Lunatic asylums Punjab 1868-1880 - 1868-1880
Year: 1868
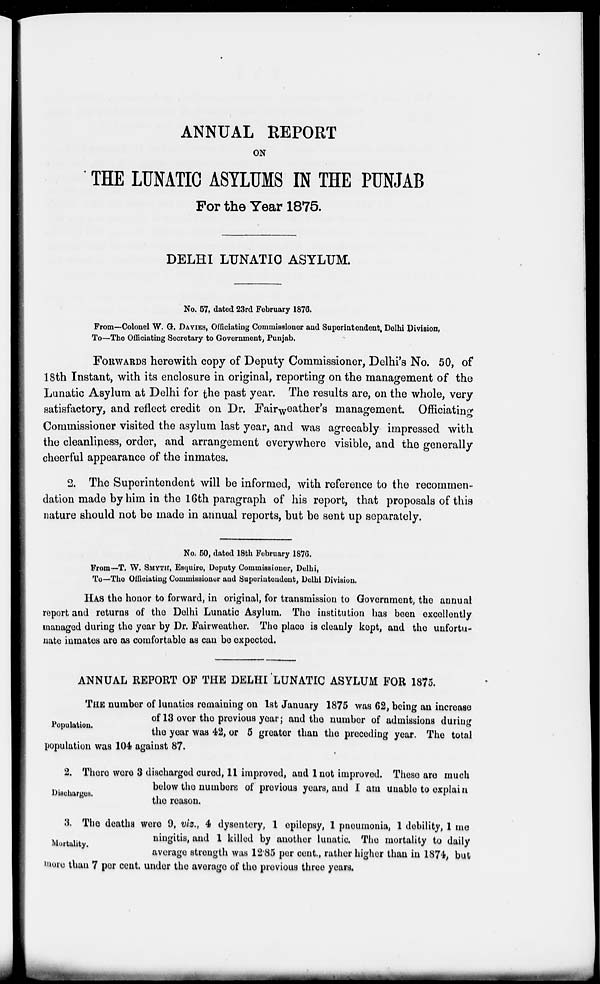
ANNUAL REPORT
ON
THE LUNATIC ASYLUMS IN THE PUNJAB
For the Year 1875.
DELHI LUNATIC ASYLUM.
No. 57, dated 23rd February 1876.
From—Colonel W. G. DAVIES, Officiating Commissioner and Superintendent, Delhi Division,
To—The Officiating Secretary to Government, Punjab.
FORWARDS herewith copy of Deputy Commissioner, Delhi's No. 50, of
18th Instant, with its enclosure in original, reporting on the management of the
Lunatic Asylum at Delhi for the past year. The results are, on the whole, very
satisfactory, and reflect credit on Dr. Fairweather's management. Officiating
Commissioner visited the asylum last year, and was agreeably impressed with
the cleanliness, order, and arrangement everywhere visible, and the generally
cheerful appearance of the inmates.
2. The Superintendent will be informed, with reference to the recommen-
dation made by him in the 16th paragraph of his report, that proposals of this
nature should not be made in annual reports, but be sent up separately.
No. 50, dated 18th February 1876.
From—T. W. SMYTH, Esquire, Deputy Commissioner, Delhi,
To—The Officiating Commissioner and Superintendent, Delhi Division.
HAS the honor to forward, in original, for transmission to Government, the annual
report and returns of the Delhi Lunatic Asylum. The institution has been excellently
managed during the year by Dr. Fairweather. The place is cleanly kept, and the unfortu-
nate inmates are as comfortable as can be expected.
ANNUAL REPORT OF THE DELHI LUNATIC ASYLUM FOR 1875.
Population.
THE number of lunatics remaining on 1st January 1875 was 62, being an increase
of 13 over the previous year ; and the number of admissions during
the year was 42, or 5 greater than the preceding year. The total
population was 104 against 87.
Discharges.
2. There were 3 discharged cured, 11 improved, and 1 not improved. These are much
below the numbers of previous years, and I am unable to explain
the reason.
Mortality.
3. The deaths were 9, viz., 4 dysentery, 1 epilepsy, 1 pneumonia, 1 debility, 1 me
ningitis, and 1 killed by another lunatic. The mortality to daily
average strength was 12.85 per cent., rather higher than in 1874, but
more than 7 per cent. under the average of the previous three years.